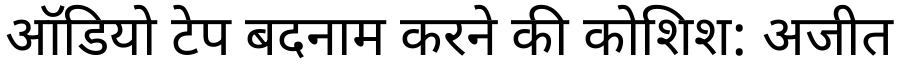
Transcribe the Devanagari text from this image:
ऑडियो टेप बदनाम करने की कोशिश: अजीत